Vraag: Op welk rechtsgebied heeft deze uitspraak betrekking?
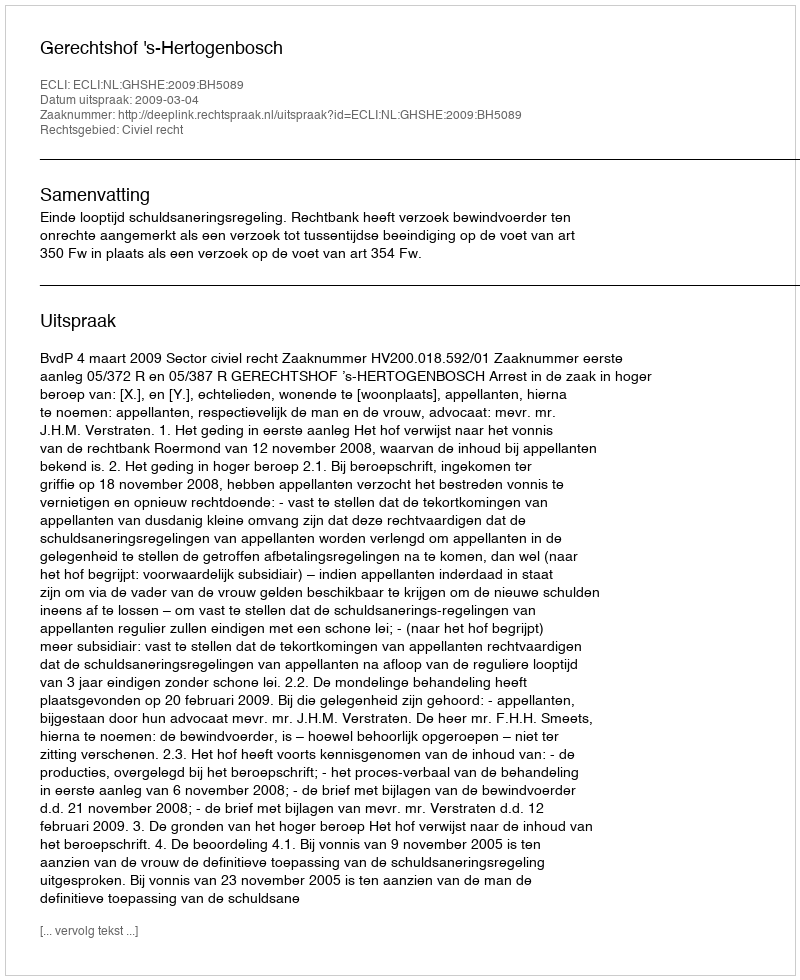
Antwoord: Civiel recht